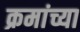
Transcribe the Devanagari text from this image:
क्रमांच्या